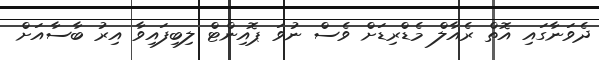
ދެވަނާގައި އޮތް ރެއާލް މެޑްރިޑަށް ވެސް ނުވަ ޕޮއިންޓް ލިބިފައިވާ އިރު ބާސާއަށް